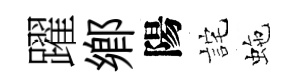
躍郷陽詫虵